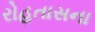
રોહતાસના